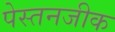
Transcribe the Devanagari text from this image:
पेस्तनजीक